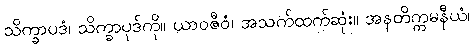
သိက္ခာပဒံ၊ သိက္ခာပုဒ်ကို။ ယာဝဇီဝံ၊ အသက်ထက်ဆုံး။ အနတိက္ကမနီယံ၊